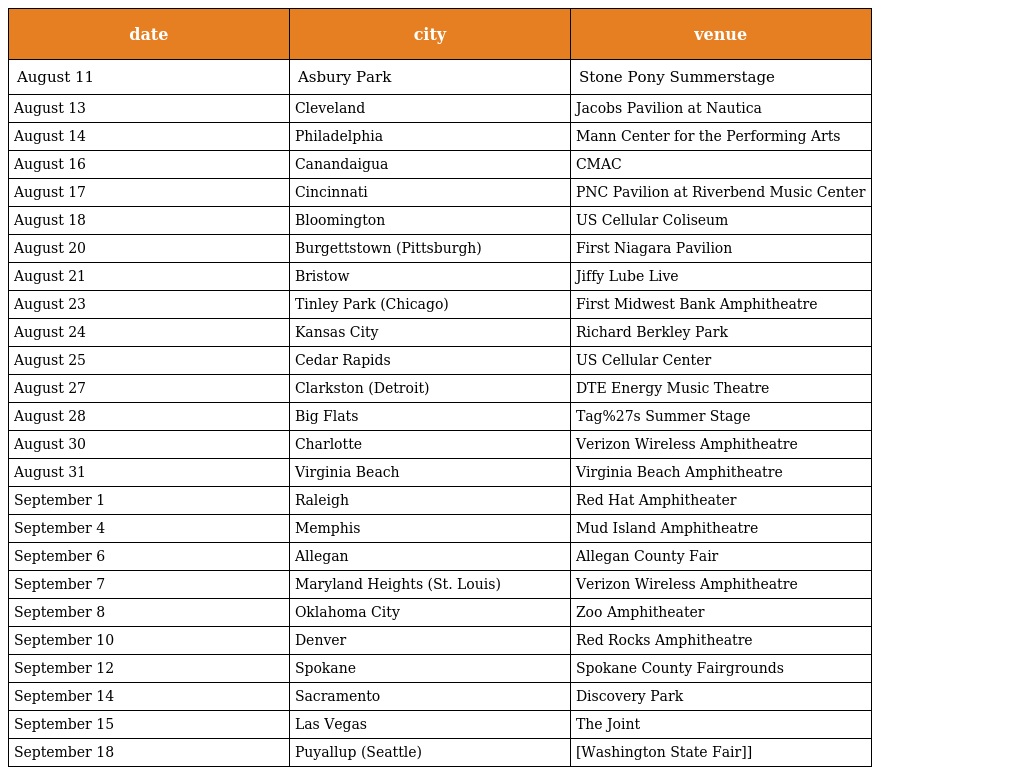
| date | city | venue |
 | --- | --- | --- |
 | August 11 | Asbury Park | Stone Pony Summerstage |
 | August 13 | Cleveland | Jacobs Pavilion at Nautica |
 | August 14 | Philadelphia | Mann Center for the Performing Arts |
 | August 16 | Canandaigua | CMAC |
 | August 17 | Cincinnati | PNC Pavilion at Riverbend Music Center |
 | August 18 | Bloomington | US Cellular Coliseum |
 | August 20 | Burgettstown (Pittsburgh) | First Niagara Pavilion |
 | August 21 | Bristow | Jiffy Lube Live |
 | August 23 | Tinley Park (Chicago) | First Midwest Bank Amphitheatre |
 | August 24 | Kansas City | Richard Berkley Park |
 | August 25 | Cedar Rapids | US Cellular Center |
 | August 27 | Clarkston (Detroit) | DTE Energy Music Theatre |
 | August 28 | Big Flats | Tag%27s Summer Stage |
 | August 30 | Charlotte | Verizon Wireless Amphitheatre |
 | August 31 | Virginia Beach | Virginia Beach Amphitheatre |
 | September 1 | Raleigh | Red Hat Amphitheater |
 | September 4 | Memphis | Mud Island Amphitheatre |
 | September 6 | Allegan | Allegan County Fair |
 | September 7 | Maryland Heights (St. Louis) | Verizon Wireless Amphitheatre |
 | September 8 | Oklahoma City | Zoo Amphitheater |
 | September 10 | Denver | Red Rocks Amphitheatre |
 | September 12 | Spokane | Spokane County Fairgrounds |
 | September 14 | Sacramento | Discovery Park |
 | September 15 | Las Vegas | The Joint |
 | September 18 | Puyallup (Seattle) | [Washington State Fair]] |